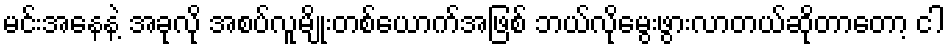
မင်းအနေနဲ့ အခုလို အစပ်လူမျိုးတစ်ယောက်အဖြစ် ဘယ်လိုမွေးဖွားလာတယ်ဆိုတာတော့ ငါ